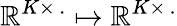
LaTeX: \mathbb{R}^{K\times\, .}\mapsto\mathbb{R}^{K\times\, .}